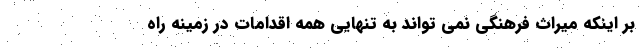
بر اینکه میراث فرهنگی نمی تواند به تنهایی همه اقدامات در زمینه راه